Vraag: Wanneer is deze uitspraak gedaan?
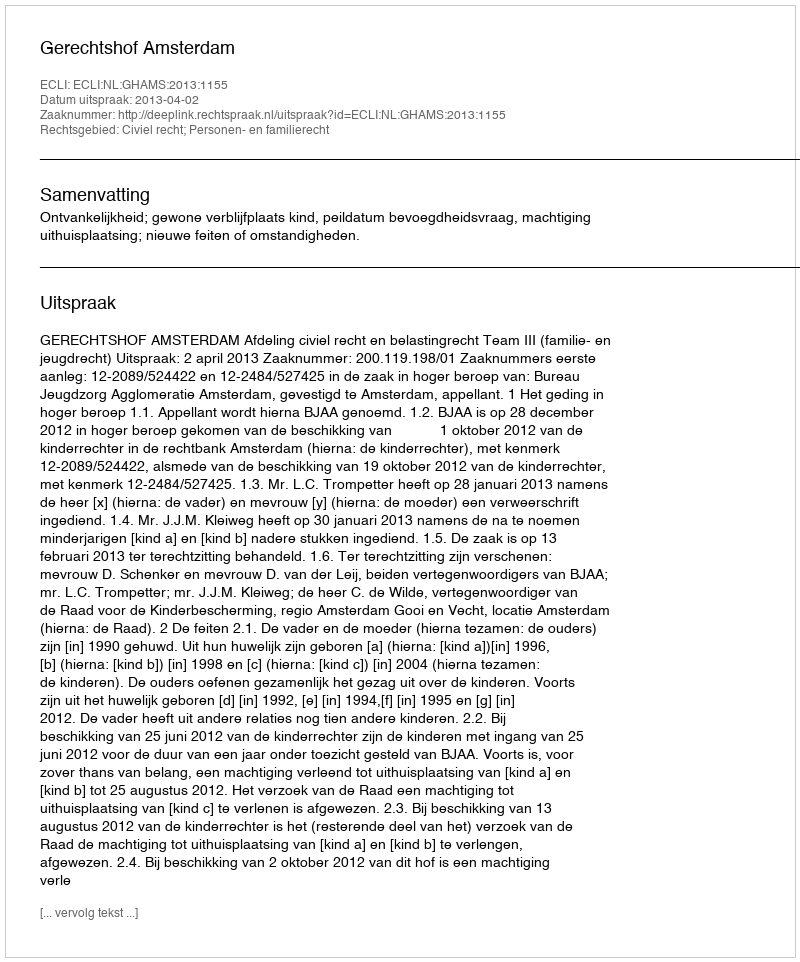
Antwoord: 2013-04-02